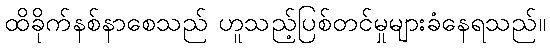
ထိခိုက်နစ်နာစေသည် ဟူသည့်ပြစ်တင်မှုများခံနေရသည်။